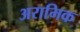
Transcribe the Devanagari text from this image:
अरामिक